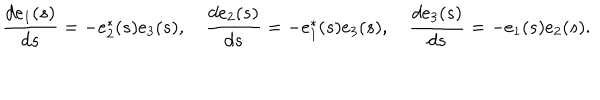
{ \frac { d { e } _ { 1 } ( s ) } { d s } } = - { e } _ { 2 } ^ { * } ( s ) e _ { 3 } ( s ) , \quad { \frac { d { e } _ { 2 } ( s ) } { d s } } = - { e } _ { 1 } ^ { * } ( s ) { e } _ { 3 } ( s ) , \quad { \frac { d { e } _ { 3 } ( s ) } { d s } } = - { e } _ { 1 } ( s ) e _ { 2 } ( s ) .